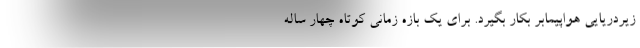
زیردریایی هواپیمابر بکار بگیرد. برای یک بازه زمانی کوتاه چهار ساله